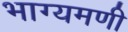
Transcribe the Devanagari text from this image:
भाग्यमणी